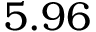
5 . 9 6